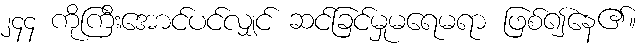
၂၄၄ ကိုကြီးအောင်ပင်လျှင် ဆင်ခြင်မှုမရေမရာ ဖြစ်၍နေ၏။